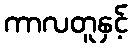
ကာလတူနှင့်